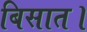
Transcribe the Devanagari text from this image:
बिसात।